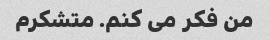
من فکر می کنم. متشکرم